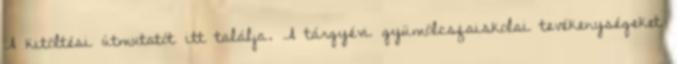
A kitöltési útmutatót itt találja. A tárgyévi gyümölcsfaiskolai tevékenységeket